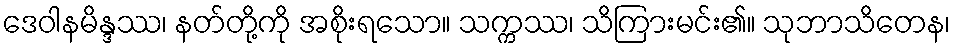
ဒေဝါနမိန္ဒဿ၊ နတ်တို့ကို အစိုးရသော။ သက္ကဿ၊ သိကြားမင်း၏။ သုဘာသိတေန၊